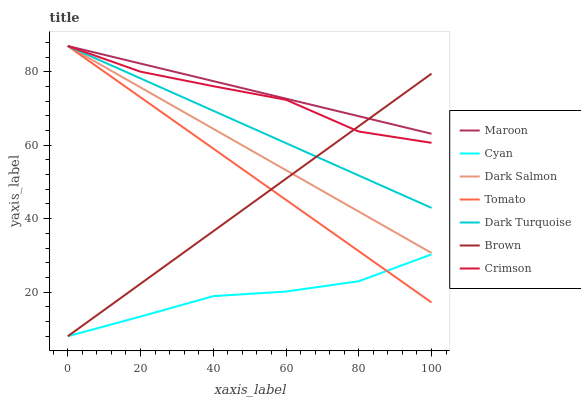
| xaxis_label | Maroon | Cyan | Dark Salmon | Tomato | Dark Turquoise | Brown | Crimson |
 | --- | --- | --- | --- | --- | --- | --- | --- |
 | 0 | 87 | 8 | 87 | 87 | 87 | 8 | 87 |
 | 20 | 82.2 | 13.4 | 75.7 | 73 | 78.2 | 22.3 | 80 |
 | 40 | 77.4 | 18.9 | 64.5 | 59.1 | 69.4 | 36.6 | 76.1 |
 | 60 | 72.7 | 20.2 | 53.2 | 45.1 | 60.6 | 50.9 | 72.4 |
 | 80 | 67.9 | 23 | 41.9 | 31.2 | 51.7 | 65.2 | 63.7 |
 | 100 | 63.1 | 30.3 | 30.7 | 17.2 | 42.9 | 79.5 | 60.7 |